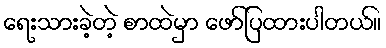
ရေးသားခဲ့တဲ့ စာထဲမှာ ဖော်ပြထားပါတယ်။